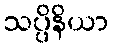
သပ္ပိနိယာ